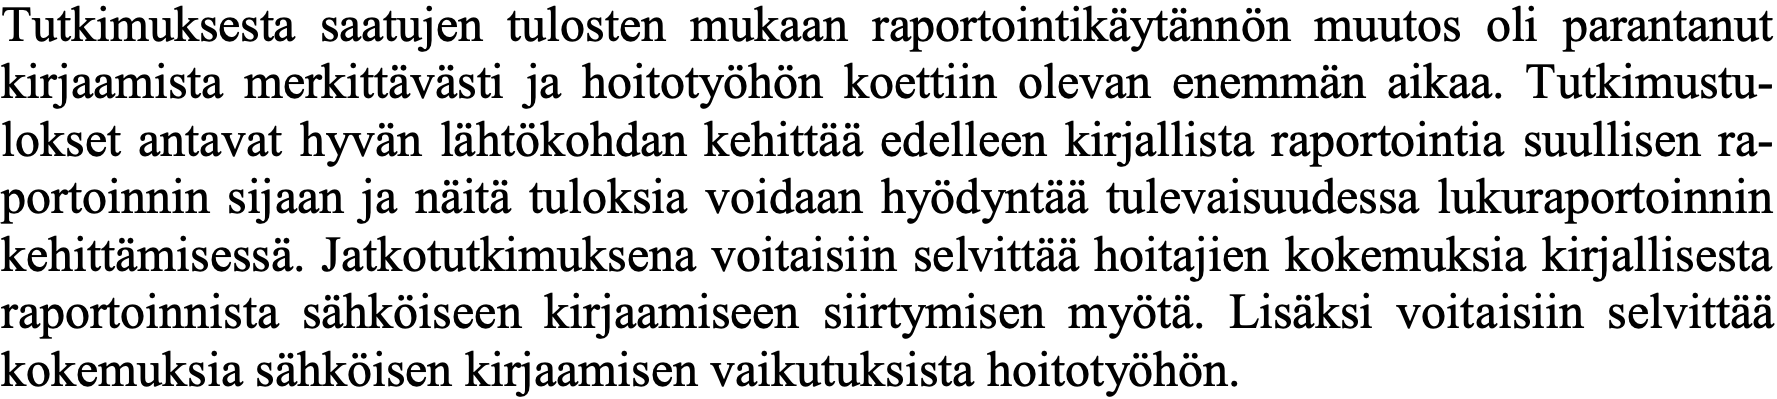
Tutkimuksesta saatujen tulosten mukaan raportointikäytännön muutos oli parantanut kirjaamista merkittävästi ja hoitotyöhön koettiin olevan enemmän aikaa. Tutkimustu- lokset antavat hyvän lähtökohdan kehittää edelleen kirjallista raportointia suullisen ra- portoinnin sijaan ja näitä tuloksia voidaan hyödyntää tulevaisuudessa lukuraportoinnin kehittämisessä. Jatkotutkimuksena voitaisiin selvittää hoitajien kokemuksia kirjallisesta raportoinnista sähköiseen kirjaamiseen siirtymisen myötä. Lisäksi voitaisiin selvittää kokemuksia sähköisen kirjaamisen vaikutuksista hoitotyöhön.